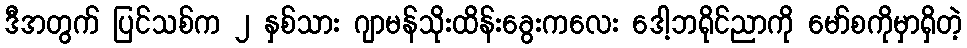
ဒီအတွက် ပြင်သစ်က ၂ နှစ်သား ဂျာမန်သိုးထိန်းခွေးကလေး ဒေါ့ဘရိုင်ညာကို မော်စကိုမှာရှိတဲ့